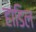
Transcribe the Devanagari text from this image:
हांडिल